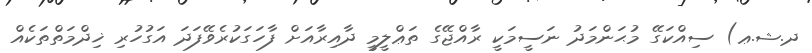
ދ.ޝ.ޢ) ސިއްކަގޭ މުޙަންމަދު ނަސީމަކީ ރާއްޖޭގެ ތަޢްލީމީ ދާއިރާއަށް ފާހަގަކުރެވޭފަދަ އަގުހުރި ޚިދްމަތްތަކެއް